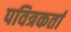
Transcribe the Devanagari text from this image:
पवित्रकर्ता